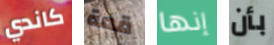
كاندي قمة إنها بأن